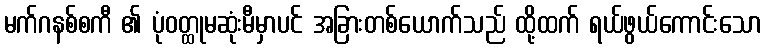
မက်ဂနစ်စကီ ၏ ပုံဝတ္ထုမဆုံးမီမှာပင် အခြားတစ်ယောက်သည် ထို့ထက် ရယ်ဖွယ်ကောင်းသော